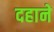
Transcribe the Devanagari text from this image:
दहाने